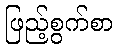
ဖြည့်စွက်စာ